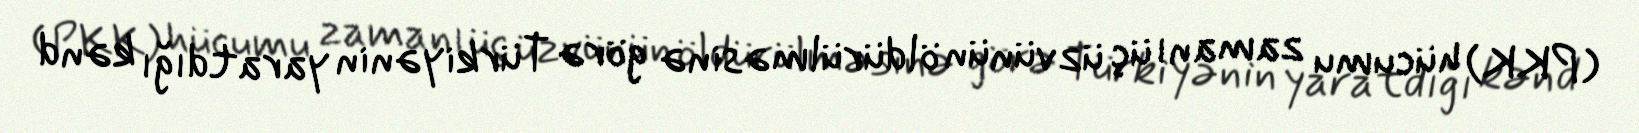
(PKK) hücumu zamanı üç üzvünün öldürülməsinə görə Türkiyənin yaratdığı kənd